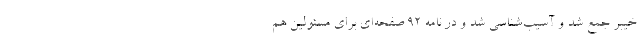
خیبر جمع شد و آسیب‌شناسی شد و در نامه ۹۲ صفحه‌ای برای مسئولین هم